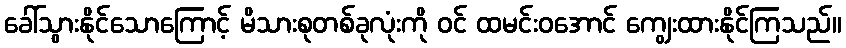
ခေါ်သွားနိုင်သောကြောင့် မိသားစုတစ်ခုလုံးကို ဝင် ထမင်းဝအောင် ကျွေးထားနိုင်ကြသည်။